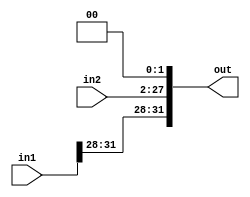
module merge26lo(in2, in1, out);
input [31:0] in1;
input [25:0] in2;
output [31:0] out;
assign out [31:28] = in1 [31:28];
assign out [27:2] = in2 [25:0];
assign out [1:0] = 2'b00;
wire useless_inputs;
assign useless_inputs = |in1 & |in2;
endmodule